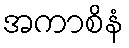
အကာစိနံ